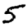
Digit: 5